School population in Scotland, 1937
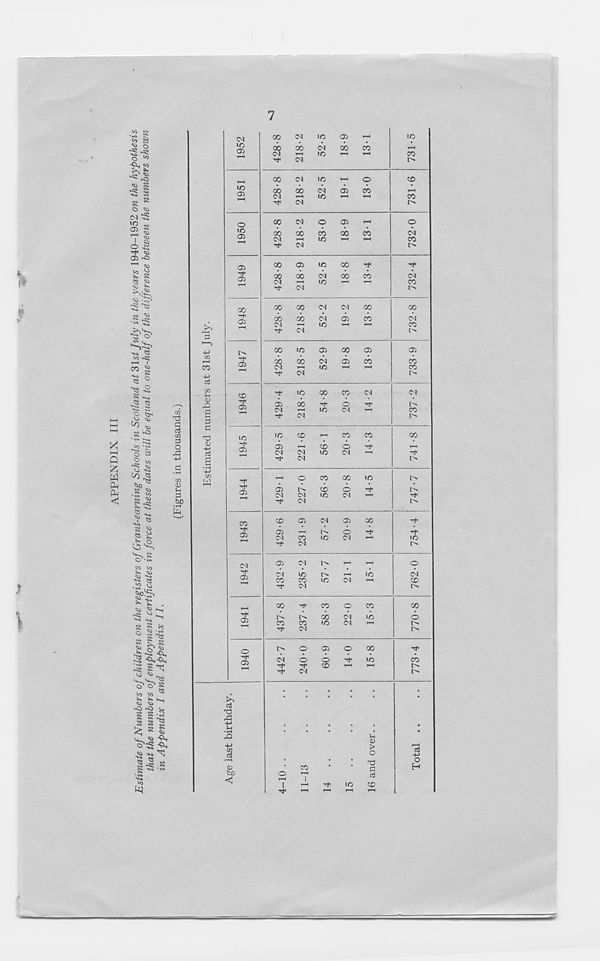
7
;
P
V
i
><;
hH
Q
W
di
d
i